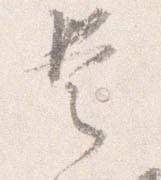
是